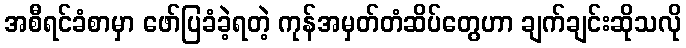
အစီရင်ခံစာမှာ ဖော်ပြခံခဲ့ရတဲ့ ကုန်အမှတ်တံဆိပ်တွေဟာ ချက်ချင်းဆိုသလို